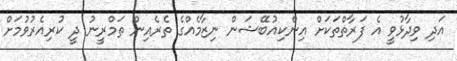
އަދި ވިދާޅުވީ އެ ފަރާތްތަކަށް އިންކިއުބޭޝަން ނިޒާމެއްގެ ތެރެއިން ތަމްރީނު ދީ ކުރިއެރުވުމަށް